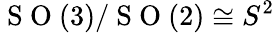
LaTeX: \mathrm{~S~O~}(3)/\mathrm{~S~O~}(2)\cong S^{2}